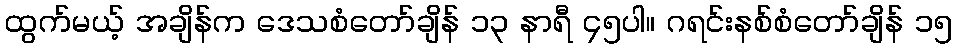
ထွက်မယ့် အချိန်က ဒေသစံတော်ချိန် ၁၃ နာရီ ၄၅ပါ။ ဂရင်းနစ်စံတော်ချိန် ၁၅